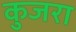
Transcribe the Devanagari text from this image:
कुजरा